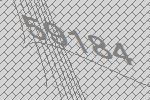
59184